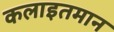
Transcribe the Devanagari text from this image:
कलाइतमान